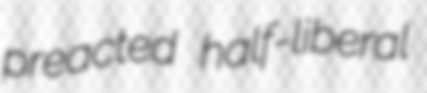
preacted half-liberal